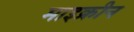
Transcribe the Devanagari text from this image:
माइक्रीन